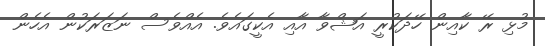
މުޅި ރޭ ކާއިން ހޭދަކުރީ އަޝްވާ އާއި އެކީގައެވެ. އެއްވެސް ނަޒަރަކުން އެހެން